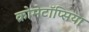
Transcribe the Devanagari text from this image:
क्रोमेटॉप्सिया